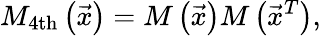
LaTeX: M_{\mathrm{4th}}\left(\vec{x}\right)=M\left(\vec{x}\right)M\left(\vec{x}^{T}\right),